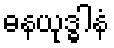
ဓနယုဒ္ဓါနံ